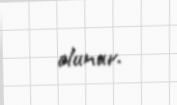
olunur.